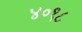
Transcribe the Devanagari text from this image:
४०१८